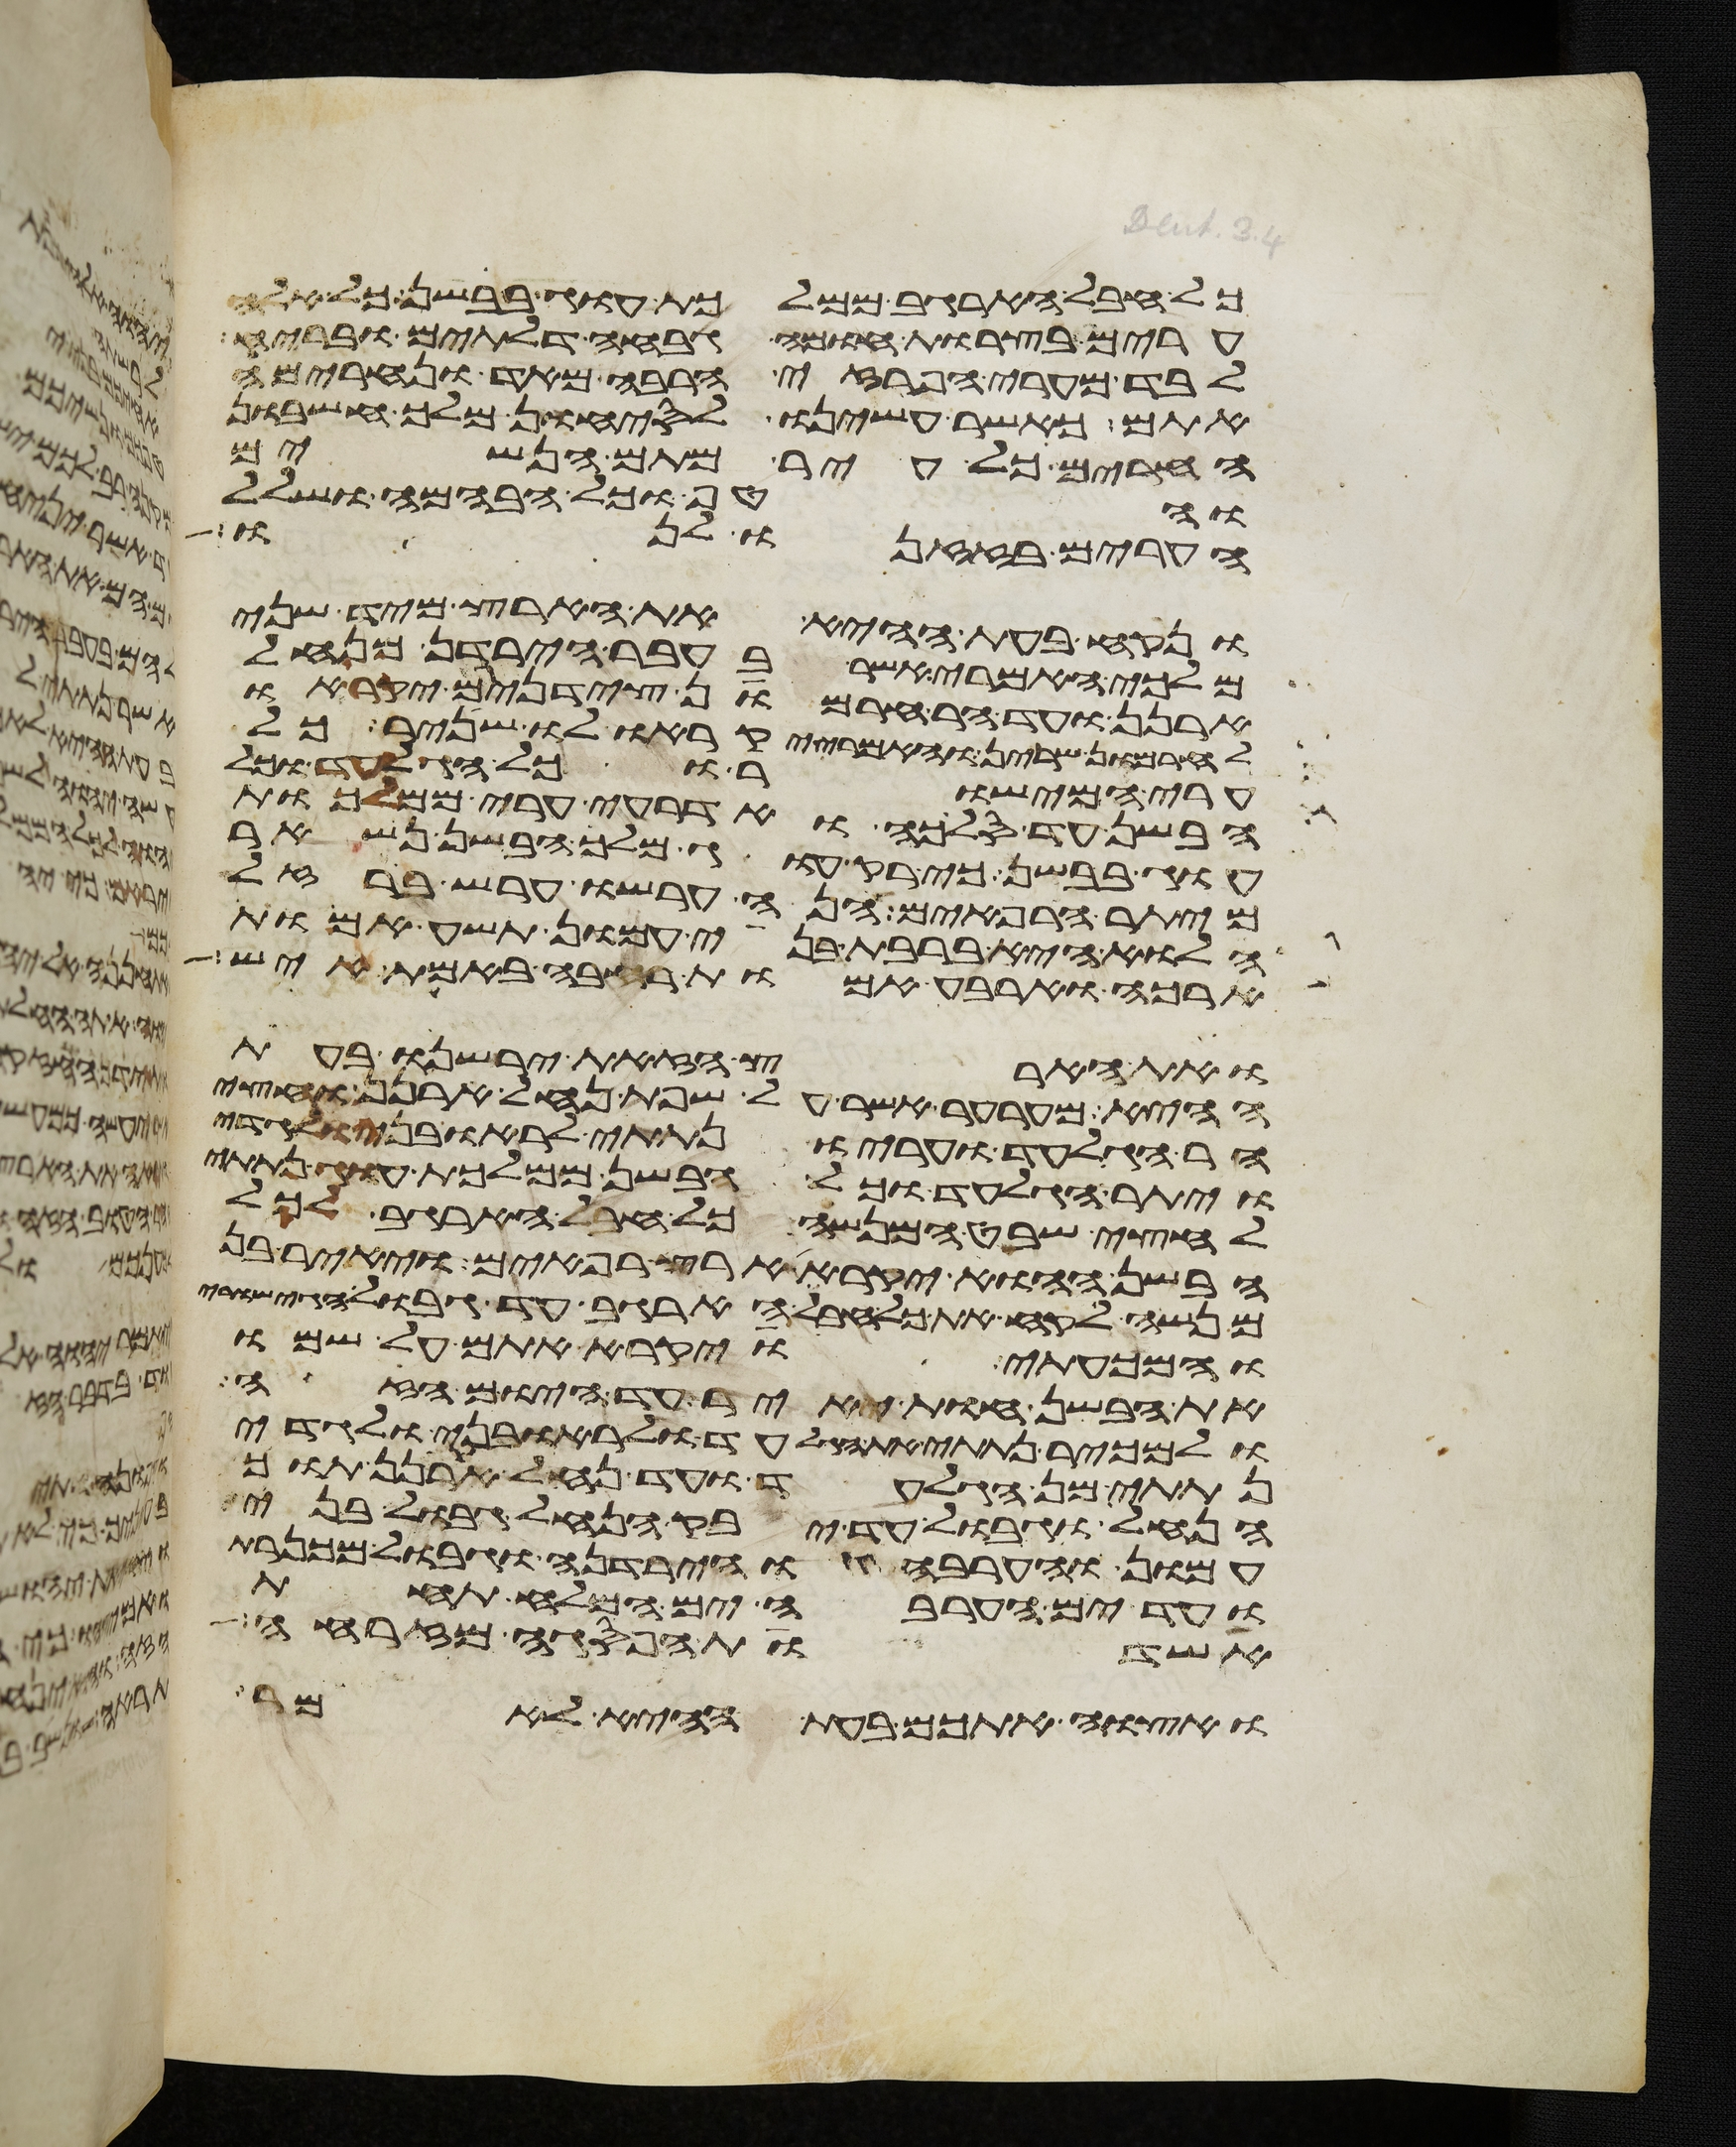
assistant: כל חבל הארגב ממלכות עוג בבשן כל אלה
ערים בצרות חומה גבחה דלתים ובריח
לבד מערי הפרזי הרבה מאד ונחרימה
אתם כאשר עשינו לסיחון מלך חשבון
החרים כל עיר מתם הנשים
והטף וכל הבהמה ושלל
הערים בזזנו לנו
ונקח בעת ההיא את הארץ מיד שני
מלכי האמרי אשר בעבר הירדן מנחל
ארנן ועד הר חרמון צידנים יקראו
לחרמון שרין והאמרי יקראו לו שניר כל
ערי המישור וכל הגלעד וכל
הבשן עד סלכה ואדרעי ערי ממלכת
עוג בבשן כי רק עוג מלך הבשן נשאר
מיתר הרפאים הנה ערשו ערש ברזל
הלוא היא ברבת בני עמון תשע אמות
ארכה וארבע אמות רחבה באמת איש
ואת הארץ הזאת ירשנו בעת
ההיא מערער אשר על שפת נחל ארנן וחצי
הר הגלעד ועריו נתתי לראובני ולגדי
ויתר הגלעד וכל הבשן ממלכת עוג נתתי
לחצי שבט המנשה כל חבל הארגב לכל
הבשן ההוא יקרא ארץ רפאים ויאיר בן
מנשה לקח את כל חבל הארגב עד גבול הגישורי
והמכעתי ויקרא אתם על שמו
את הבשן חות יאיר עד היום הזה
ולמכיר נתתי את הגלעד ולראובני ולגדי
נתתי מן הגלעד ועד נחל ארנן תוך
הנחל וגבול עד יבק הנחל גבול בני
עמון והערבה והירדנה וגבול מכנרת
ועד ים הערבה ים המלח תחת
אשדות הפסגה מזרחה
ואצוה אתכם בעת ההיא לאמר